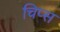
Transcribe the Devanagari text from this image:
चिप्‍स